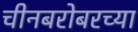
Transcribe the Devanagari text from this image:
चीनबरोबरच्या